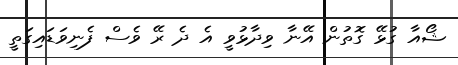
ޝޯއާ ގުޅޭ ގޮތުން އޭނާ ވިދާޅުވީ އެ ދެ ރޭ ވެސް ފެނިވަޑައިގަތީ